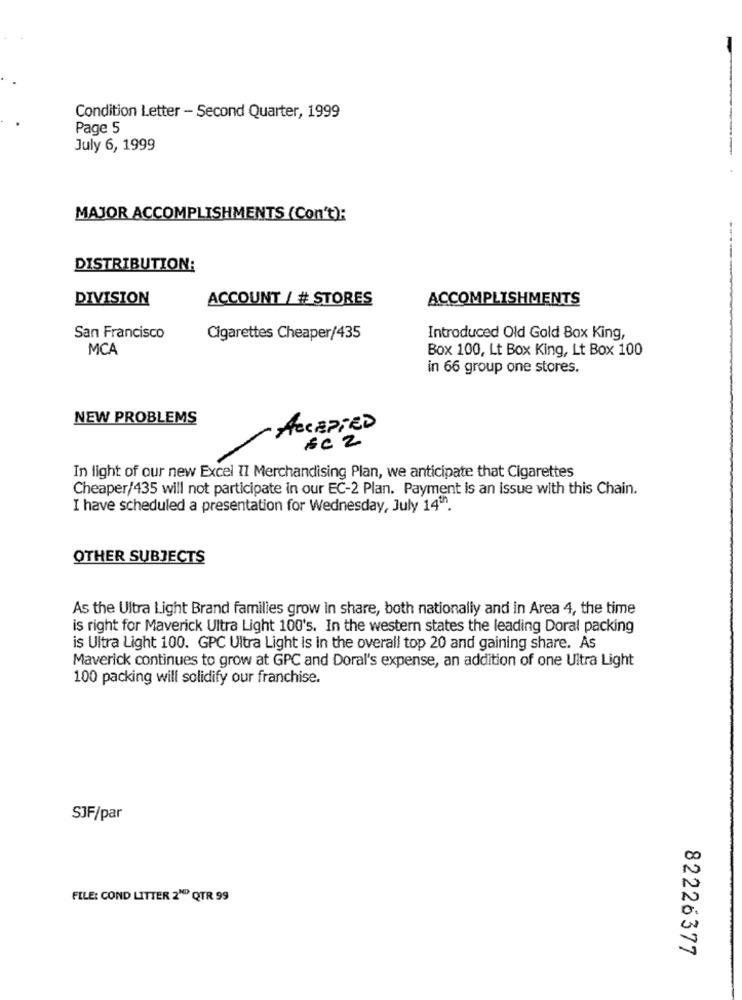
Condition Letter - Second Quarter, 1999
Page 5
July 6, 1999
MAJOR ACCOMPLISHMENTS (Con't):
--
DISTRIBUTION:
DIVISION
ACCOUNT / # STORES
ACCOMPLISHMENTS
San Francisco
Cigarettes Cheaper/435
Introduced Old Gold Box King,
MCA
Box 100, Lt Box King, Lt Box 100
in 66 group one stores.
NEW PROBLEMS
ACCEPTED
EC 2
In light of our new Excel 11 Merchandising Plan, we anticipate that Cigarettes
Cheaper/435 will not participate in our EC-2 Plan. Payment is an issue with this Chain.
I have scheduled a presentation for Wednesday, July 14.
OTHER SUBJECTS
As the Ultra Light Brand familles grow In share, both nationally and in Area 4, the time
is right for Maverick Ultra Light 100's. In the western states the leading Doral packing
is Ultra Light 100. GPC Ultra Light is in the overall top 20 and gaining share. As
Maverick continues to grow at GPC and Doral's expense, an addition of one Ultra Light
100 packing will solidify our franchise.
SJF/par
O
N
FILE: COND LITTER 2" QTR 99
82226377